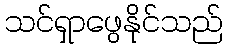
သင်ရှာဖွေနိုင်သည်